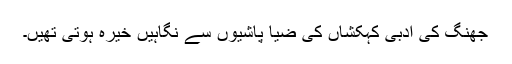
جھنگ کی ادبی کہکشاں کی ضیا پاشیوں سے نگاہیں خیرہ ہوتی تھیں۔